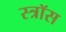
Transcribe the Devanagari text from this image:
स्त्रॉस